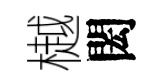
樾閎